Vabadussoja_Ajaloo_Komitee, lk 88
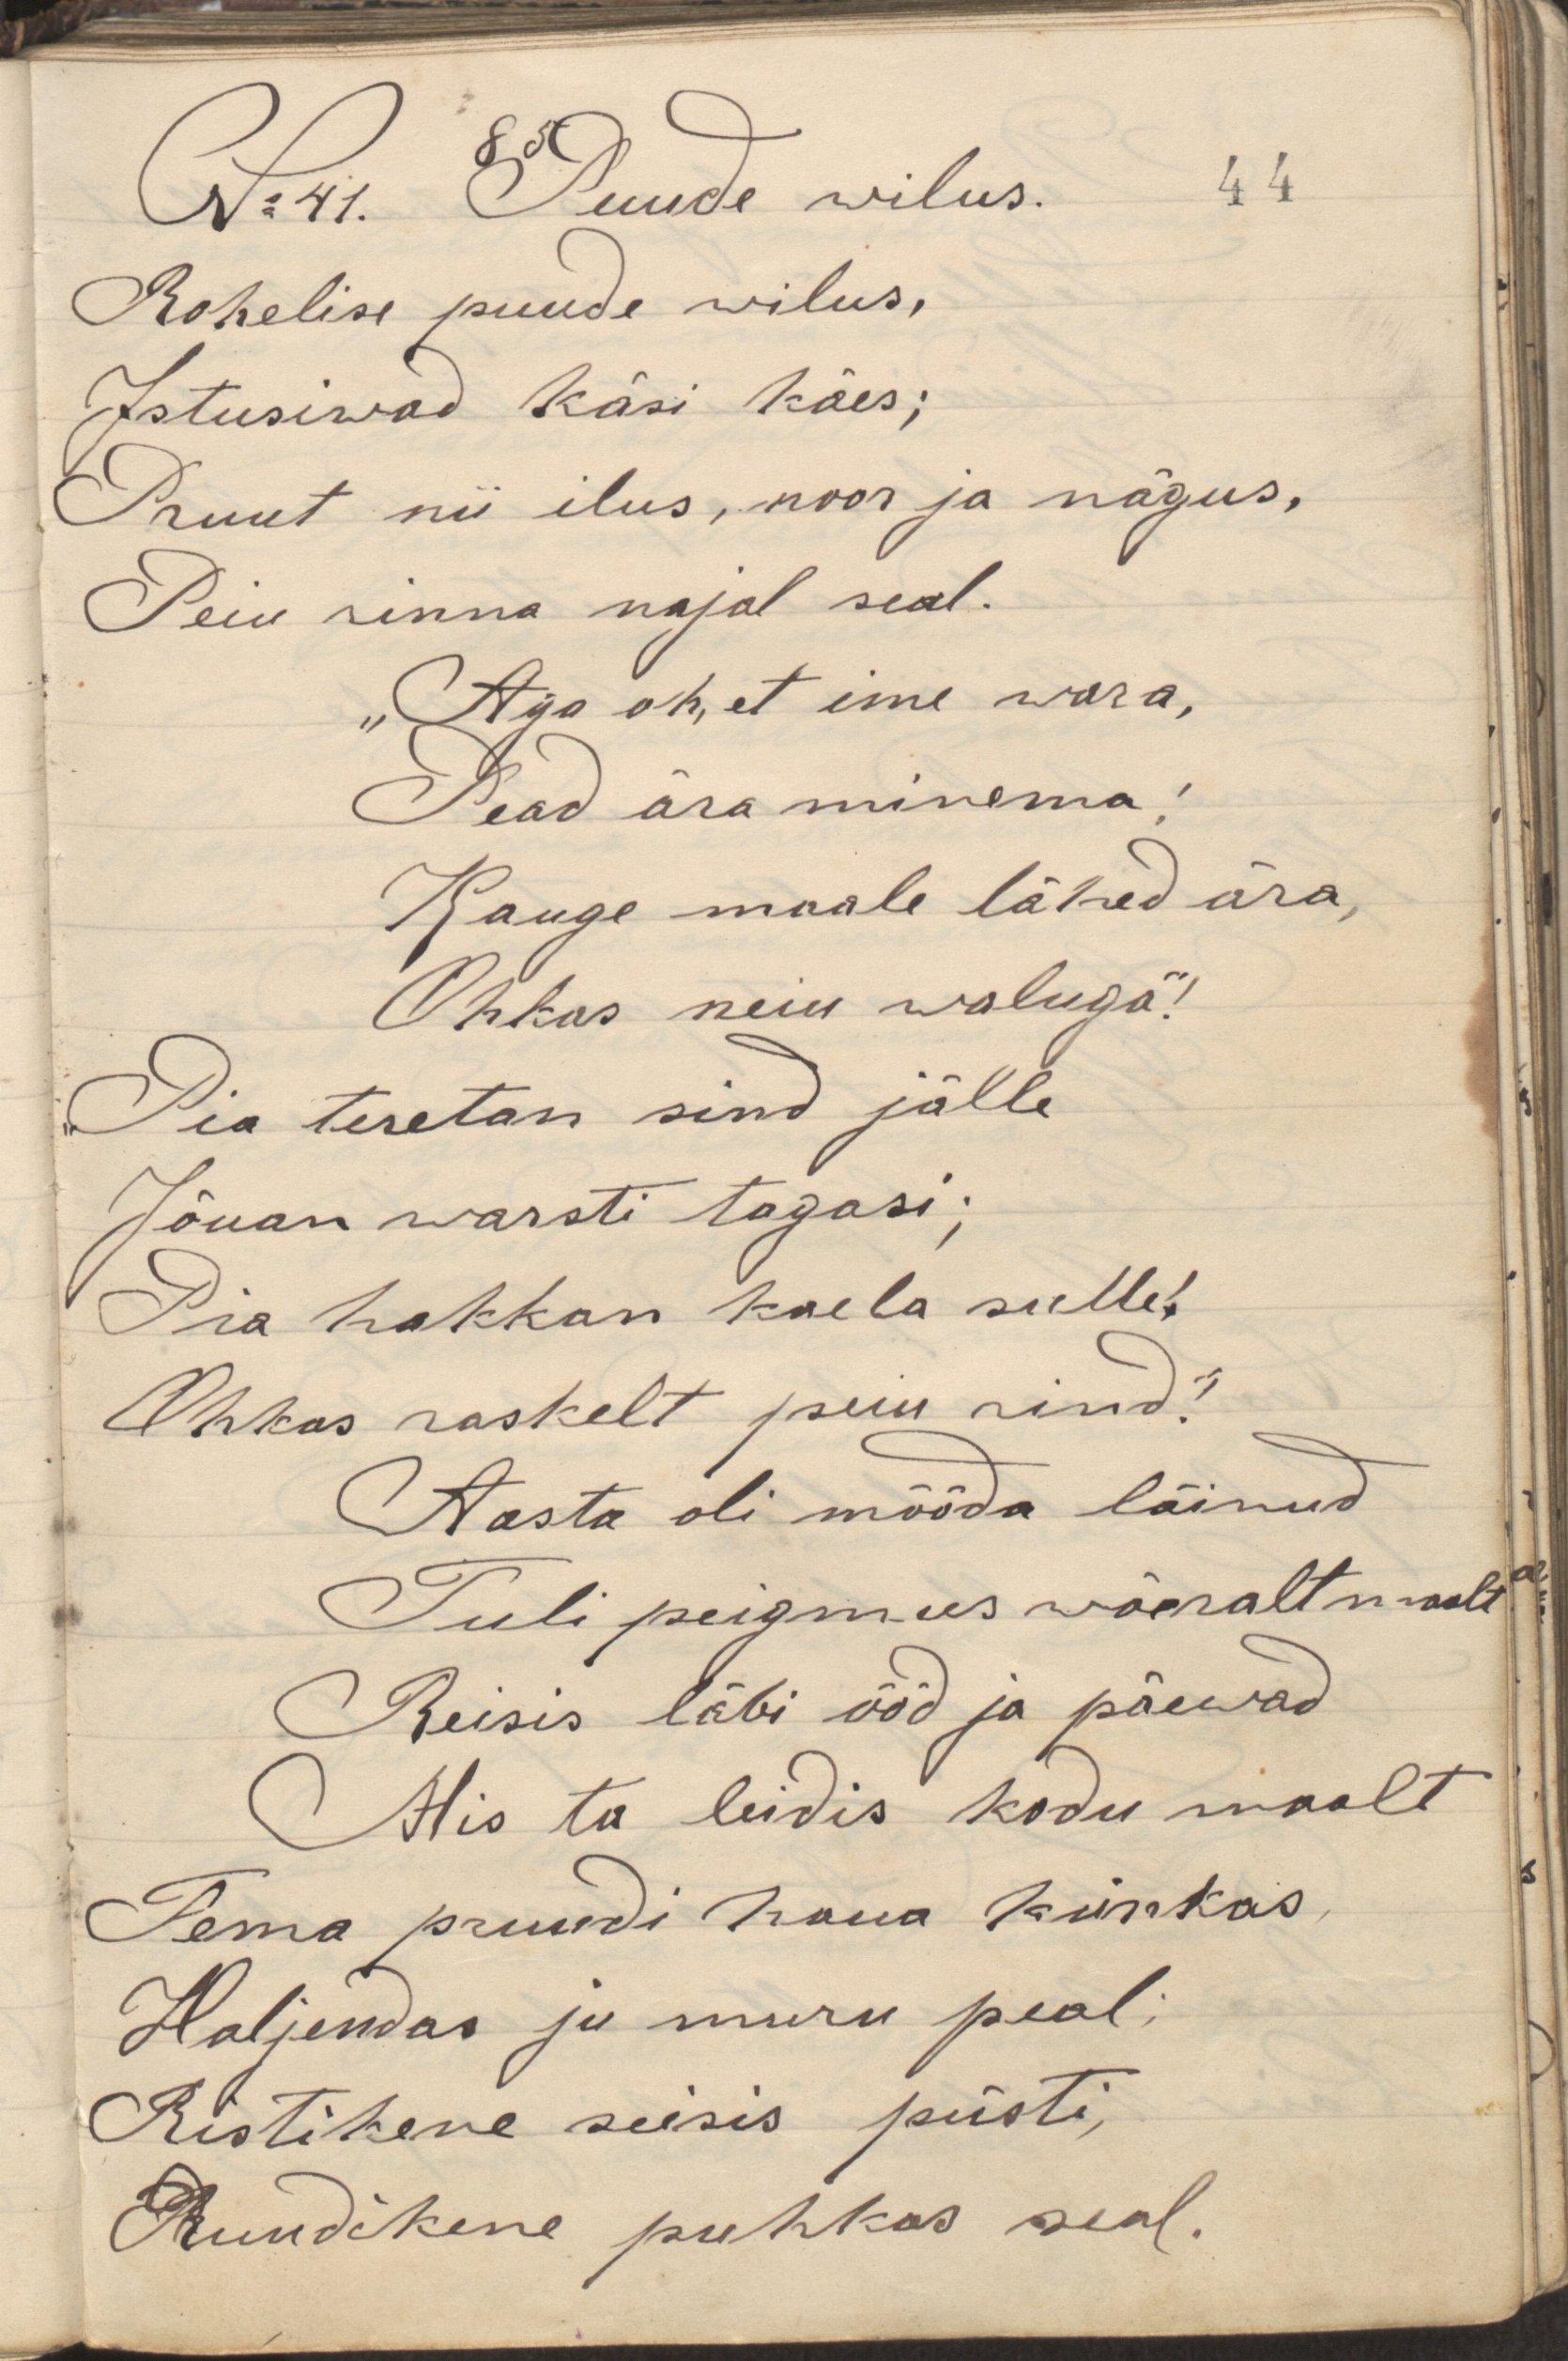
N:41. Puude wilus.
Rohelise puude wilus,
Istusiwad käsi käes;
Pruut nii ilus, noor ja nägus,
Peiu rinna najal seal.
Aga oh, et enne wara,
Pead ära minema;
Kauge maale lähed ära,
Ohkas neiu waluga;
Pia teretan sind jälle
Jõuan warsti tagasi;
Pia hakkan kaela sulle;
Ohkas raskelt peiu rind;
Aasta oli mõõda läinud
Tuli peigmees wõeralt maalt
Reisis läbi ööd ja päevad
Mis ta leidis kodu maalt
Tema pruudi haua künkas
Haljendas ju muru peal;
Ristikene seisis püsti;
Pruudikene puhkas seal.